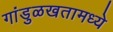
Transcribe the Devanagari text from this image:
गांडुळखतामध्ये